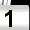
Digit: 1